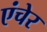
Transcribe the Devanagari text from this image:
एंचेर